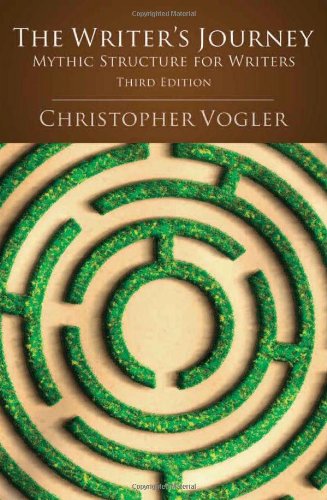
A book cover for The Writers Journey: Mythic Structure for Writers, 3rd Edition; Christopher Vogler; Humor & Entertainment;